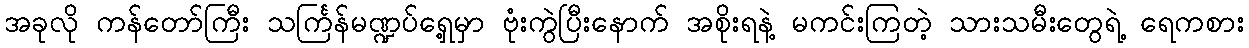
အခုလို ကန်တော်ကြီး သင်္ကြန်မဏ္ဍပ်ရှေ့မှာ ဗုံးကွဲပြီးနောက် အစိုးရနဲ့ မကင်းကြတဲ့ သားသမီးတွေရဲ့ ရေကစား